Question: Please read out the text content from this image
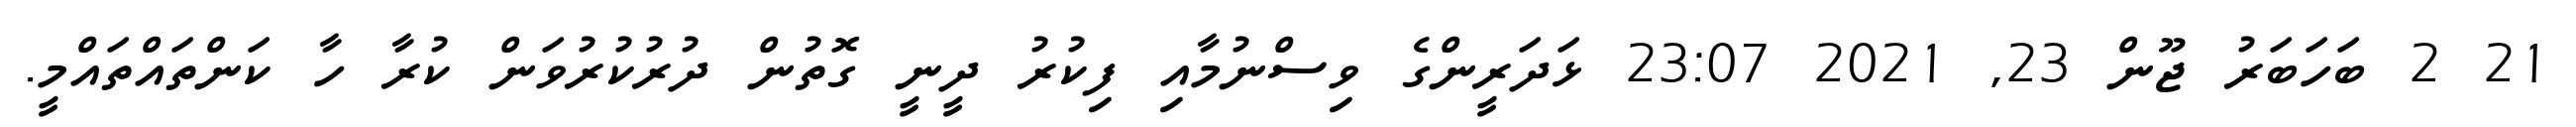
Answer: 21 2 ބަހަބަރު ޖޫން 23, 2021 23:07 ޅަދަރީންގެ ވިސްނުމާއި ފިކުރު ދީނީ ގޮތުން ދުރުކުރުވަން ކުރާ ހާ ކަންތައްތައްމީ.